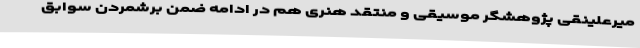
میرعلینقی پژوهشگر موسیقی و منتقد هنری هم در ادامه ضمن برشمردن سوابق